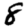
Digit: 8